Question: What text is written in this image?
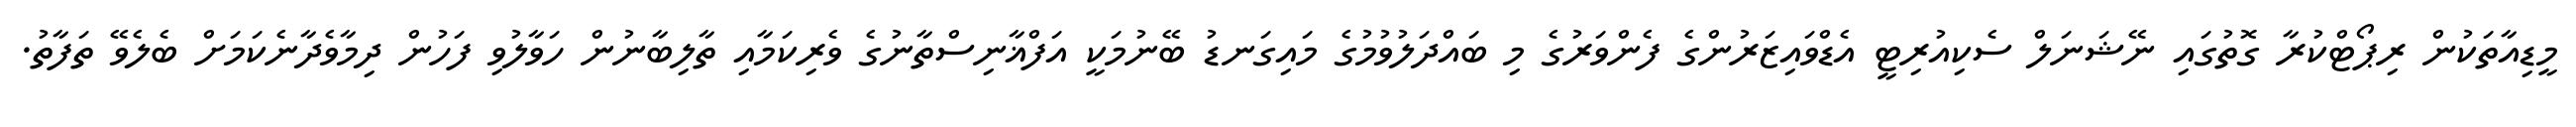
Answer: މީޑިއާތަކުން ރިޕޯޓްކުރާ ގޮތުގައި ނޭޝަނަލް ސެކިއުރިޓީ އެޑްވައިޒަރުންގެ ފެންވަރުގެ މި ބައްދަލުވުމުގެ މައިގަނޑު ބޭނުމަކީ އަފްޣާނިސްތާނުގެ ވެރިކަމާއި ތާލިބާނުން ހަވާލުވި ފަހުން ދިމާވެދާނެކަމަށް ބެލެވޭ ތަފާތު.